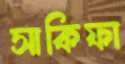
সাকিফা